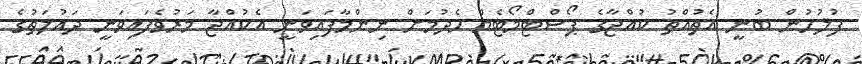
ފުލުހުން ބުނީ އެތުއްތު ކުއްޖާގެ ޕޯސްޓްމޯޓެމް ހެދުމަށް ނިންމާފައިވަނީ އެކުއްޖާ މަރުވެފައިވަނީ ދައުލަތުގެ